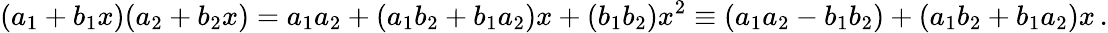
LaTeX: (a_{1}+b_{1}x)(a_{2}+b_{2}x)=a_{1}a_{2}+(a_{1}b_{2}+b_{1}a_{2})x+(b_{1}b_{2})x^{2}\equiv(a_{1}a_{2}-b_{1}b_{2})+(a_{1}b_{2}+b_{1}a_{2})x\, .